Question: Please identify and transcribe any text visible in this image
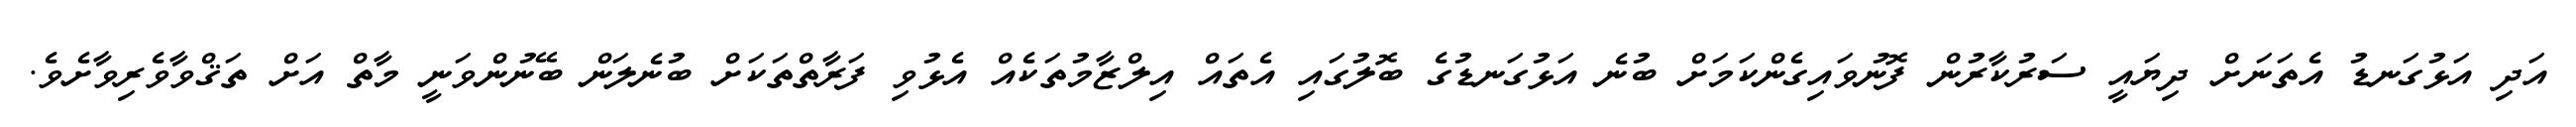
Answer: އަދި އަޅުގަނޑު އެތަނަށް ދިޔައީ ސަރުކާރުން ފޮނުވައިގެންކަމަށް ބުނެ އަޅުގަނޑުގެ ބޮލުގައި އެތައް އިލްޒާމުތަކެއް އެޅުވި ފަރާތްތަކަށް ބުނެލަން ބޭނުންވަނީ މާތް އަށް ތަޤްވާވެރިވާށެވެ.